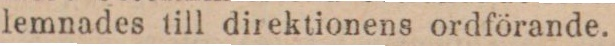
lemnades till direktionens ordförande.